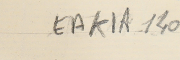
EAK1A-140